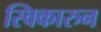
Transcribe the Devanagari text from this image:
स्विकारुन